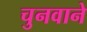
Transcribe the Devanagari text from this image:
चुनवाने